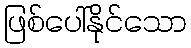
ဖြစ်ပေါ်နိုင်သော